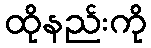
ထိုနည်းကို